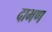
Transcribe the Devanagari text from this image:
दाभण